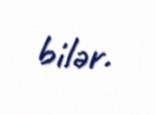
bilər.